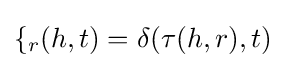
{\mathcal {f}}_{r}(h,t)=\delta (\tau (h,r),t)